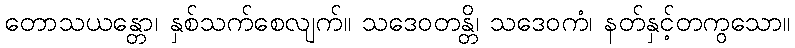
တောသယန္တော၊ နှစ်သက်စေလျက်။ သဒေဝတန္တိ၊ သဒေဝကံ၊ နတ်နှင့်တကွသော။